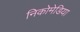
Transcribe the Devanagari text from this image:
निकोमेडिया